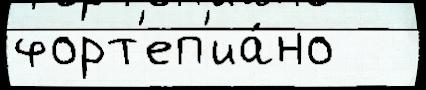
форт'еп'иа́но